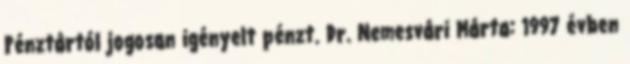
Pénztártól jogosan igényelt pénzt. Dr. Nemesvári Márta: 1997 évben